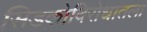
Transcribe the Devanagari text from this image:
सिडकोविरोधातला